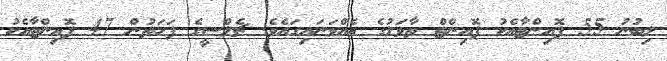
ލިބުނު 55 ޕޮއިންޓާއެކު ޕޮއިންޓް ތާވަލުގެ އެއްވަނައިގައެވެ. ޗެލްސީގެ ފަހަތުން 47 ޕޮއިންޓާއެކު